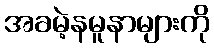
အခမဲ့နမူနာများကို